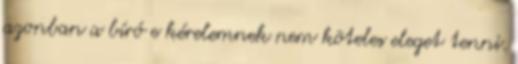
azonban a bíró e kérelemnek nem köteles eleget tenni.